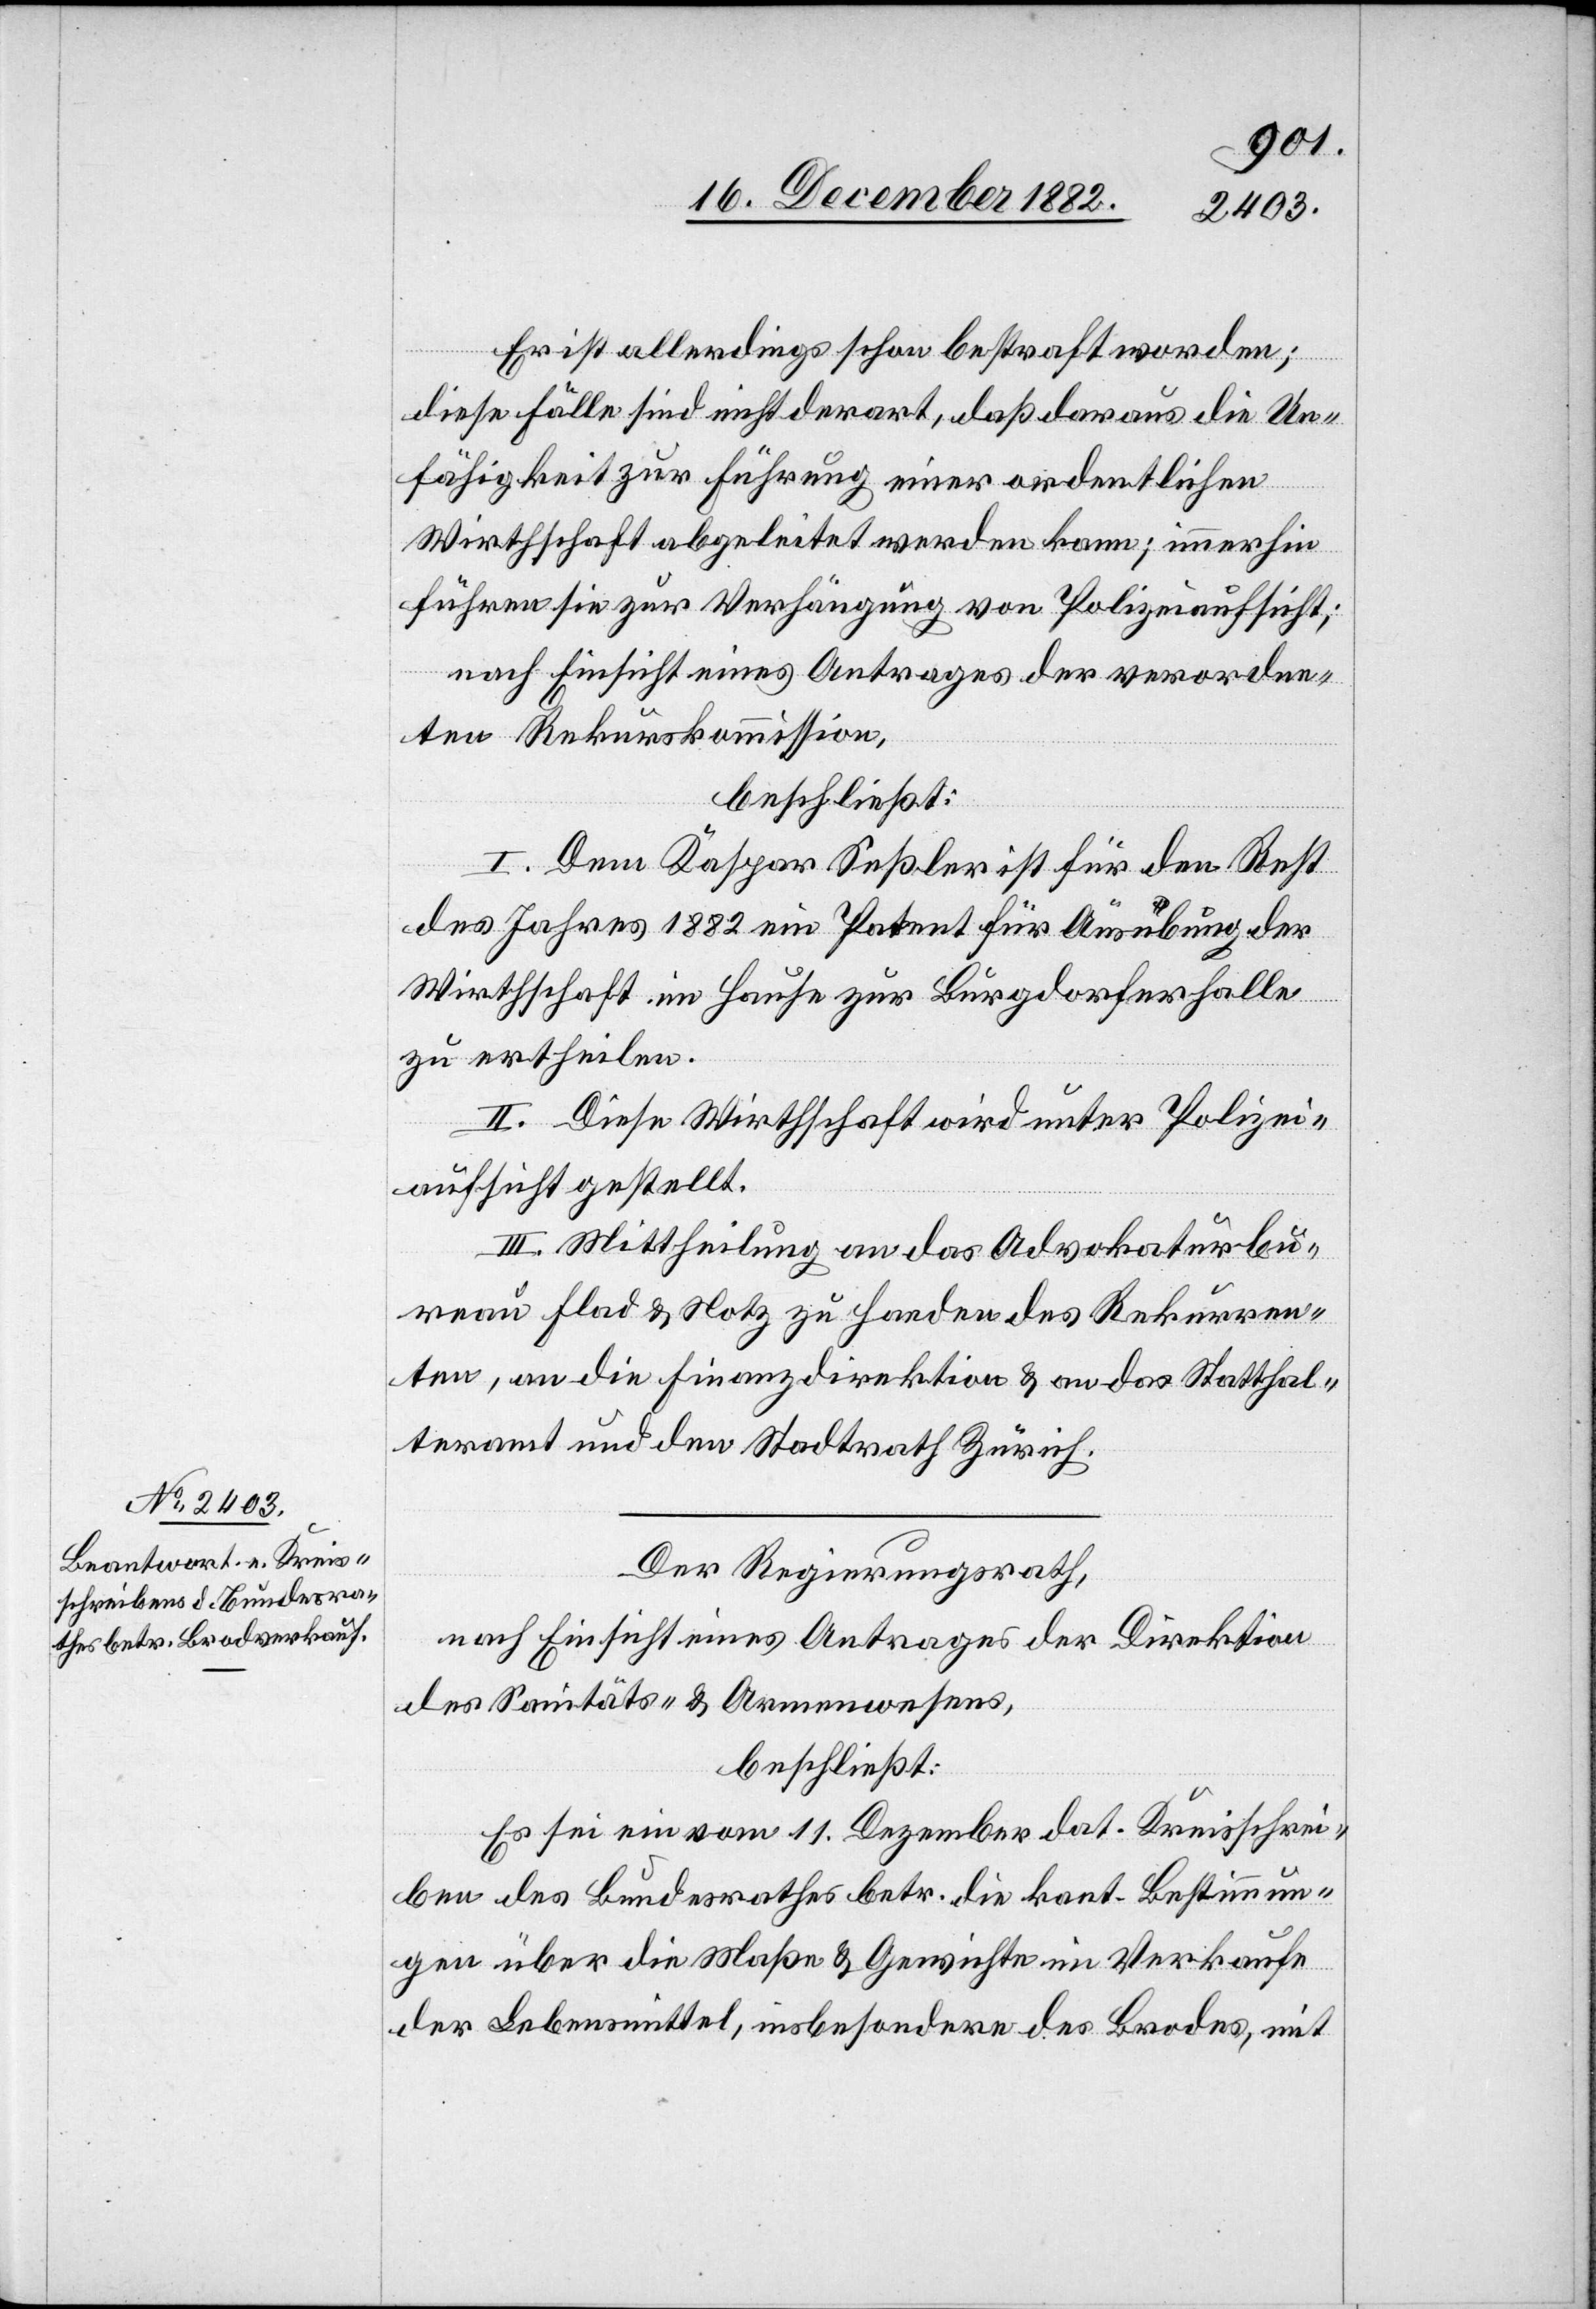
Er ist allerdings schon bestraft worden;
diese Fälle sind nicht derart, daß daraus die Un¬
fähigkeit zur Führung einer ordentlichen
Wirthschaft abgeleitet werden kann; immerhin
führen sie zur Verhängung von Polizeiaufsicht;
nach Einsicht eines Antrages der verordne¬
ten Rekurskommission,
beschließt:
I. Dem Kaspar Seßler ist für den Rest
des Jahres 1882 ein Patent für Ausübung der
Wirthschaft im Hause zur Burgdorferhalle
zu ertheilen.
II. Diese Wirthschaft wird unter Polizei¬
aufsicht gestellt.
III. Mittheilung an das Advokaturbu¬
reau Flad & Notz zu Handen des Rekurren¬
ten, an die Finanzdirektion & an das Statthal¬
teramt und den Stadtrath Zürich.
Der Regierungsrath,
nach Einsicht eines Antrages der Direktion
des Sanitäts- & Armenwesens ,
beschließt:
Es sei ein vom 11. Dezember dat. Kreisschrei¬
ben des Bundesrathes betr. die kant. Bestimmun¬
gen über die Maße & Gewichte im Verkaufe
der Lebensmittel, insbesondere des Brodes, mit